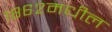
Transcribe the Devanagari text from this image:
१८६२मधील